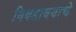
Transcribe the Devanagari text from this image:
निवडावयाचे